Lunatic asylums Central Provinces reports 1895-1909 - 1895-1909
Year: 1895
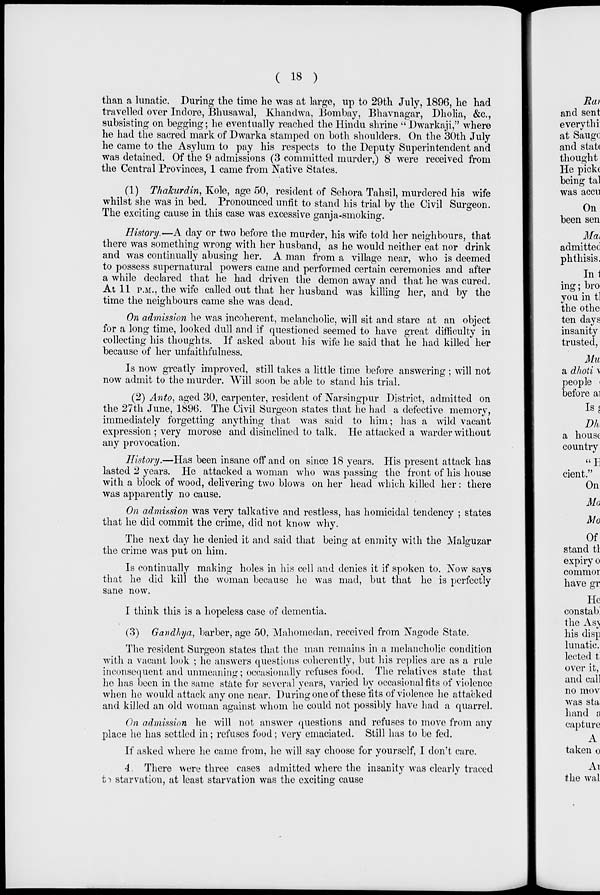
( 18 )
than a lunatic. During the time he was at large, up to 29th July, 1896, he had
travelled over Indore, Bhusawal, Khandwa, Bombay, Bhavnagar, Dholia, &c.,
subsisting on begging; he eventually reached the Hindu shrine " Dwarkaji," where
he had the sacred mark of Dwarka stamped on both shoulders. On the 30th July
he came to the Asylum to pay his respects to the Deputy Superintendent and
was detained. Of the 9 admissions (3 committed murder,) 8 were received from
the Central Provinces, 1 came from Native States.
(1) Thakurdin, Kole, age 50, resident of Sehora Tahsil, murdered his wife
whilst she was in bed. Pronounced unfit to stand his trial by the Civil Surgeon.
The exciting cause in this case was excessive ganja-smoking.
History.—A day or two before the murder, his wife told her neighbours, that
there was something wrong with her husband, as he would neither eat nor drink
and was continually abusing her. A man from a village near, who is deemed
to possess supernatural powers came and performed certain ceremonies and after
a while declared that he had driven the demon away and that he was cured.
At 11 P.M., the wife called out that her husband was killing her, and by the
time the neighbours came she was dead.
On admission he was incoherent, melancholic, will sit and stare at an object
for a long time, looked dull and if questioned seemed to have great difficulty in
collecting his thoughts. If asked about his wife he said that he had killed her
because of her unfaithfulness.
Is now greatly improved, still takes a little time before answering ; will not
now admit to the murder. Will soon be able to stand his trial.
(2) Anto, aged 30, carpenter, resident of Narsingpur District, admitted on
the 27th June, 1896. The Civil Surgeon states that he had a defective memory,
immediately forgetting anything that was said to him; has a wild vacant
expression ; very morose and disinclined to talk. He attacked a warder without
any provocation.
History.—Has been insane off and on since 18 years. His present attack has
lasted 2 years. He attacked a woman who was passing the front of his house
with a block of wood, delivering two blows on her head which killed her: there
was apparently no cause.
On admission was very talkative and restless, has homicidal tendency ; states
that he did commit the crime, did not know why.
The next day he denied it and said that being at enmity with the Malguzar
the crime was put on him.
Is continually making holes in his cell and denies it if spoken to. Now says
that he did kill the woman because he was mad, but that he is perfectly
sane now.
I think this is a hopeless case of dementia.
(3) Gandhya, barber, age 50, Mahomedan, received from Nagode State.
The resident Surgeon states that the man remains in a melancholic condition
with a vacant look ; he answers questions coherently, but his replies are as a rule
inconsequent and unmeaning; occasionally refuses food. The relatives state that
he has been in the same state for several years, varied by occasional fits of violence
when he would attack any one near. During one of these fits of violence he attacked
and killed an old woman against whom he could not possibly have had a quarrel.
On admission he will not answer questions and refuses to move from any
place he has settled in; refuses food; very emaciated. Still has to be fed.
If asked where he came from, he will say choose for yourself, I don't care.
4. There were three cases admitted where the insanity was clearly traced
to starvation, at least starvation was the exciting cause